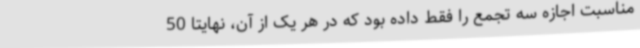
مناسبت اجازه سه تجمع را فقط داده بود که در هر یک از آن، نهایتاً 50